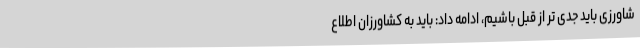
شاورزی باید جدی تر از قبل باشیم، ادامه داد: باید به کشاورزان اطلاع